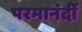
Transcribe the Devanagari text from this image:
परमानंदीं